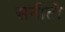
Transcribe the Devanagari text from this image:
सनीतो